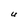
Character: U